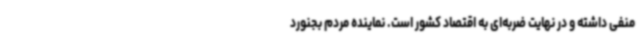
منفی داشته و در نهایت ضربه‌ای به اقتصاد کشور است. نماینده مردم بجنورد